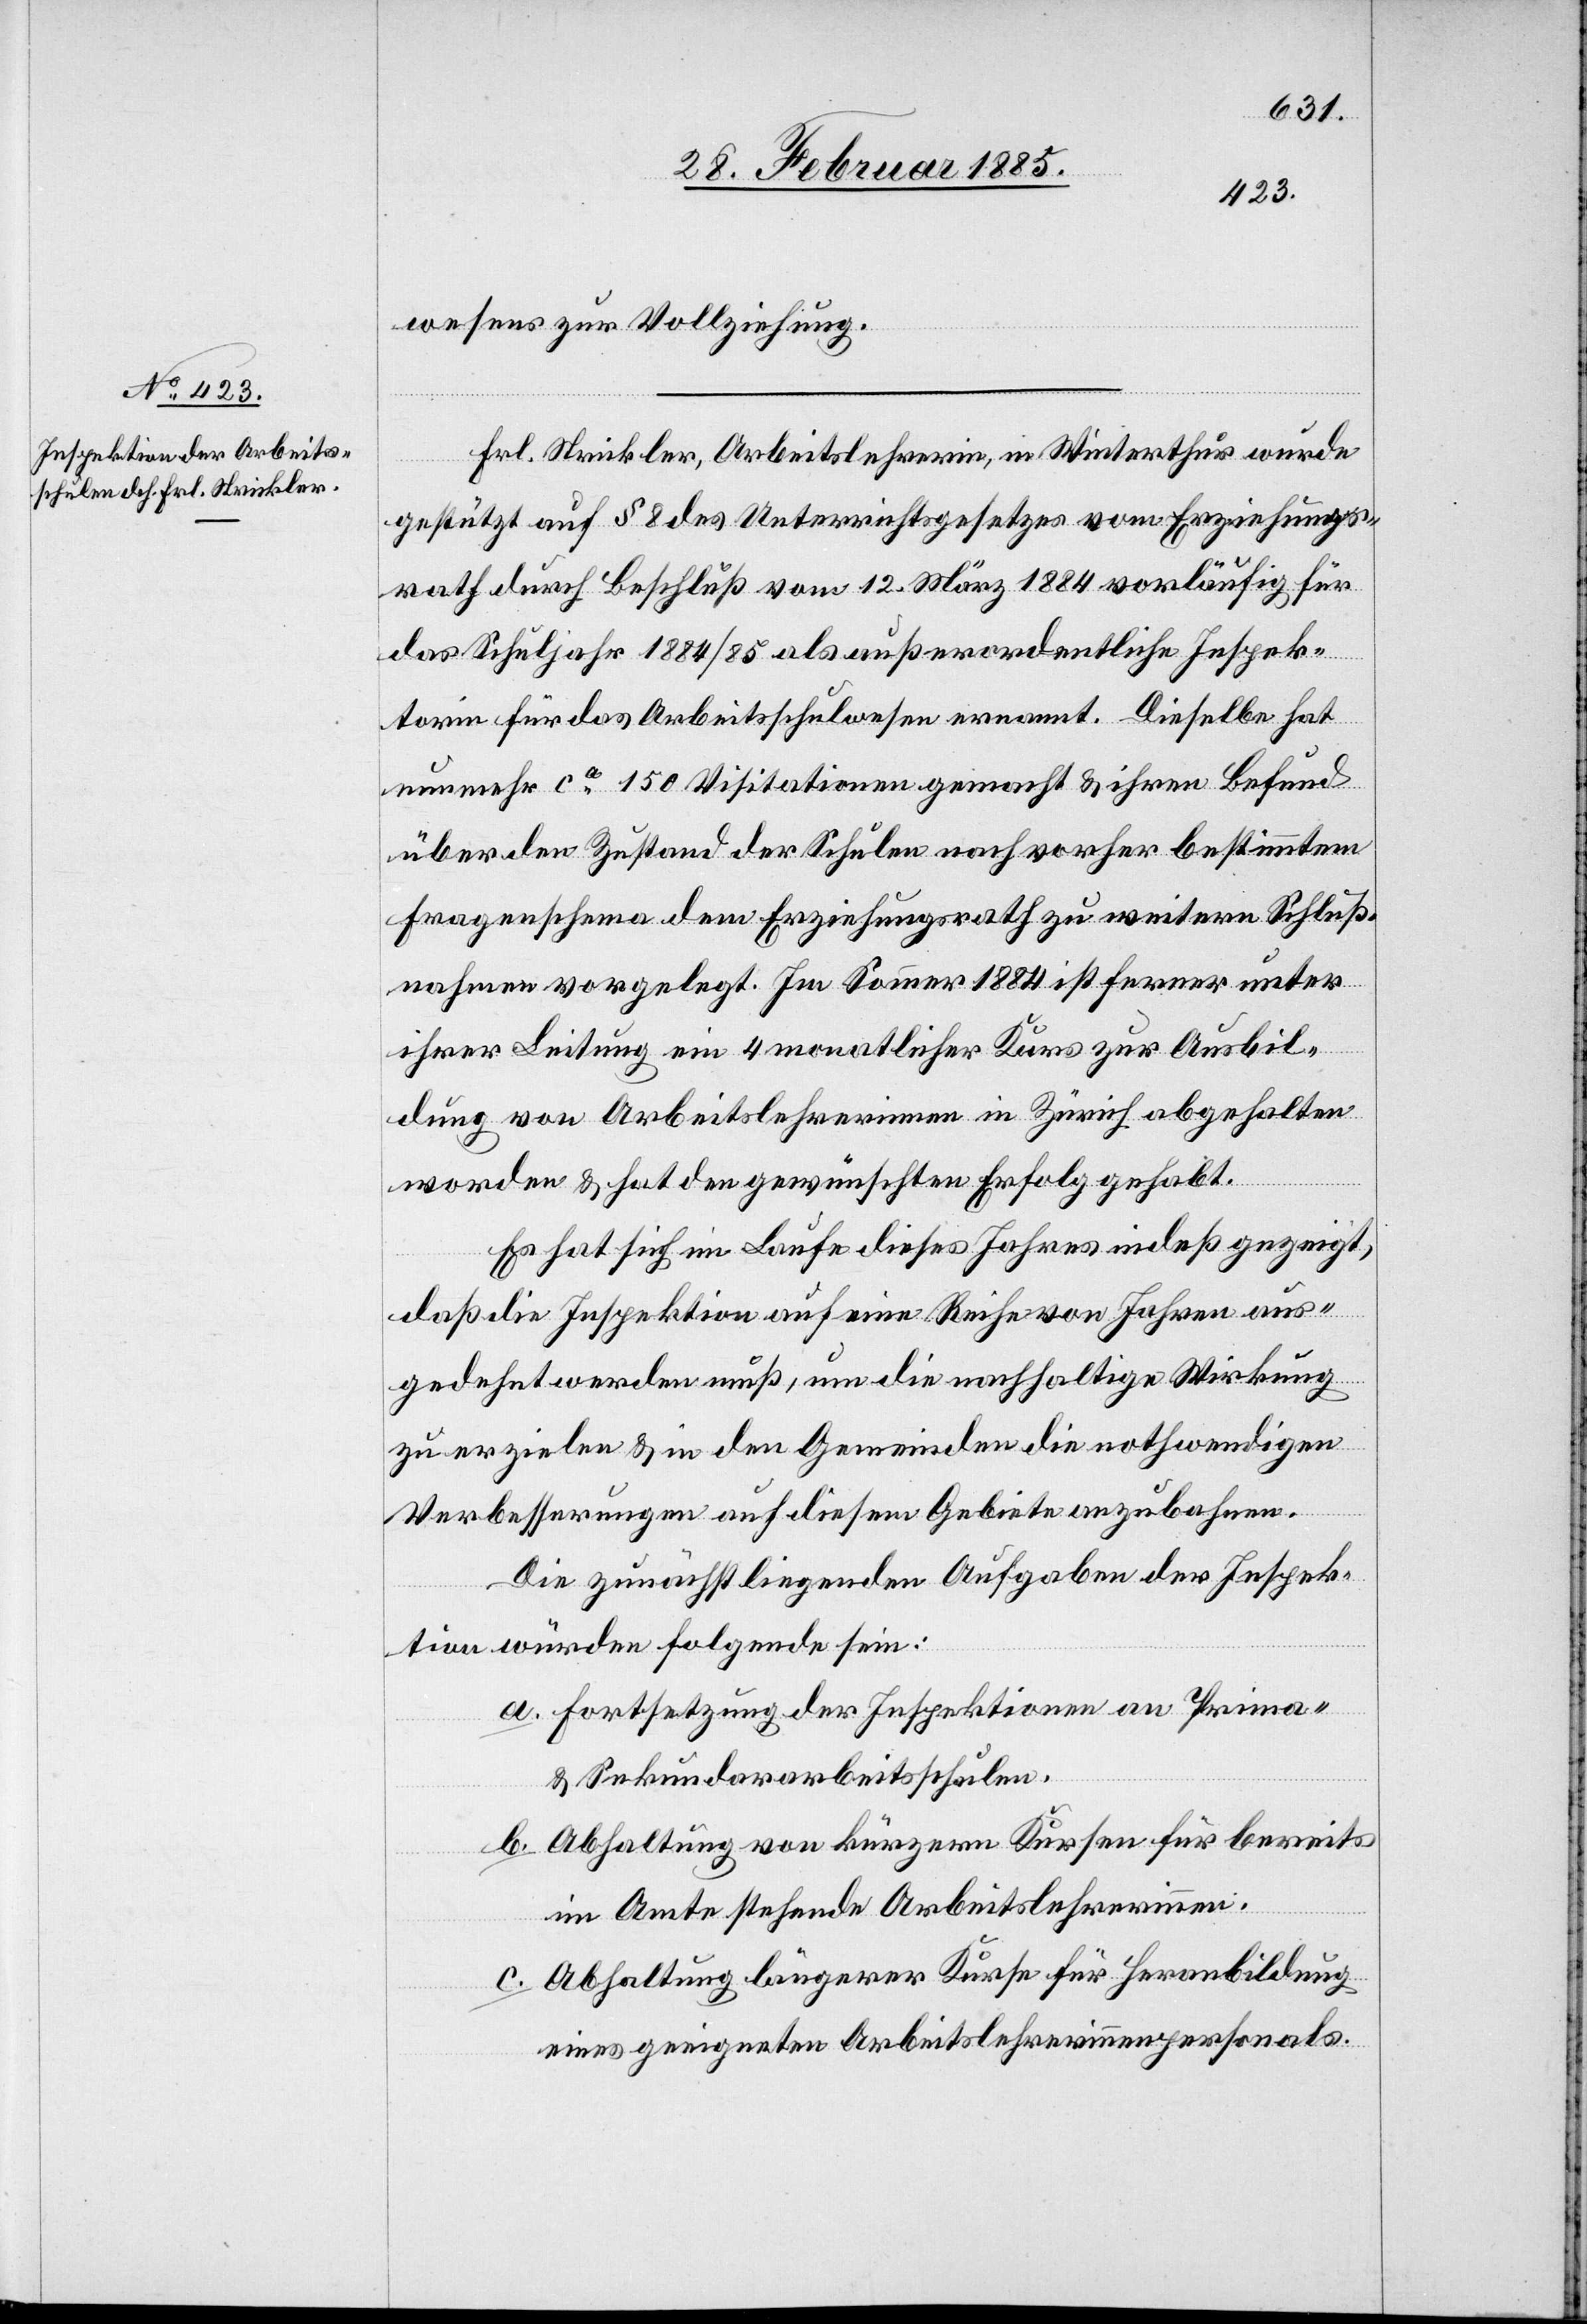
wesens zur Vollziehung.
Frl. Strickler, Arbeitslehrerin, in Winterthur wurde
gestützt auf § 8 des Unterrichtsgesetzes vom Erziehungs¬
rath durch Beschluß vom 12. März 1884 vorläufig für
das Schuljahr 1884/85 als außerordentliche Inspek¬
torin für das Arbeitsschulwesen ernannt. Dieselbe hat
nunmehr ca 150 Visitationen gemacht & ihren Befund
über den Zustand der Schulen nach vorher bestimmten
Fragenschema dem Erziehungsrath zu weitern Schluß¬
nahmen vorgelegt. Im Sommer 1884 ist ferner unter
ihrer Leitung ein 4 monatlicher Kurs zur Ausbil¬
dung von Arbeitslehrerinne in Zürich abgehalten
worden & hat den gewünschten Erfolg gehabt.
Es hat sich im Laufe dieses Jahres indeß gezeigt,
daß die Inspektion auf eine Reihe von Jahren aus¬
gedehnt werden muß, um die nachhaltige Wirkung
zu erzielen & in den Gemeinden die nothwendigen
Verbesserungen auf diesem Gebiete anzubahnen.
Die zunächst liegenden Aufgaben der Inspek¬
tion würden folgende sein:
Fortsetzung der Inspektion an Primar-
& Sekundararbeitsschulen.
Abhaltung von kürzern Kursen für bereits
im Amte stehende Arbeitslehrerinnen.
Abhaltung längerer Kurse für Heranbildung
eines geeigneten Arbeitslehrerinnenpersonals.